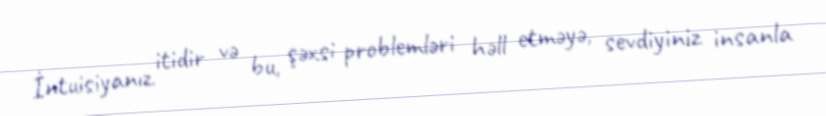
İntuisiyanız itidir və bu, şəxsi problemləri həll etməyə, sevdiyiniz insanla